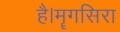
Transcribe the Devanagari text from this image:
है।मॄगसिरा